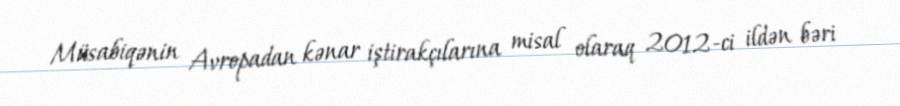
Müsabiqənin Avropadan kənar iştirakçılarına misal olaraq 2012-ci ildən bəri